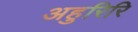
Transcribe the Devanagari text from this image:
अहुरिरि